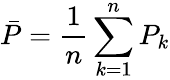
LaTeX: \bar{P}=\frac{1}{n}\sum_{k=1}^{n}P_{k}